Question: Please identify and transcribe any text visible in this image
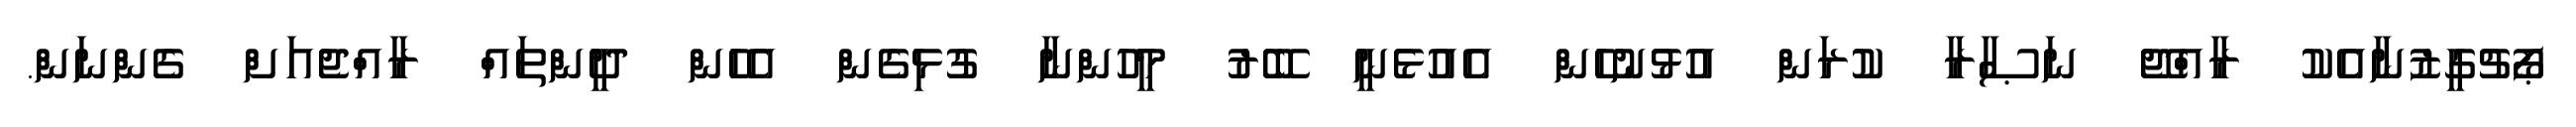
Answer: ޕޯޗުގީޒުނާއެކު ރާއްޖޭ ނަޞާރާ ކުރަން އުޅުނުހެން އެއުޅެނީ ބޭރު މީހުންނާ ގުޅިގެން އެހެން ދީންތައް ރާއްޖެއަށް ގެންނަން.